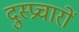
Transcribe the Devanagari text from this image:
दुस्प्रचारों